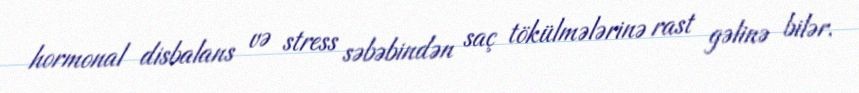
hormonal disbalans və stress səbəbindən saç tökülmələrinə rast gəlinə bilər.